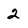
Character: 2